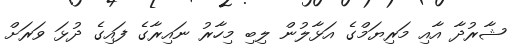
ޝާރުދާ އާއި މަރިޔަމްގެ އަޅާލުން ލިބި މިހާރު ނައިރާގެ ފައިގެ ދުޅަ ވަރަށް